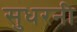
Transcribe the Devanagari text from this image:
सुधरनी